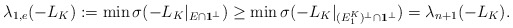
\begin{align*}\lambda_{1,e}(-L_K) := \min \sigma(-L_K |_{E_{} \cap \mathbf{1}^{\perp}}) \geq \min \sigma(-L_K |_{(E^K_1)^{\perp} \cap \mathbf{1}^{\perp}}) = \lambda_{n+1}(-L_K) .\end{align*}